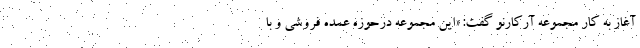
آغاز به کار مجموعه آرکارنو گفت: «این مجموعه درحوزه عمده فروشی و با